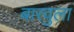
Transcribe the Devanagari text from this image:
बारवुला